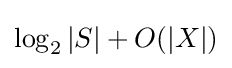
\log _{2}|S|+O(|X|)